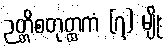
ဉတ္တိစတုတ္ထကံ (၇) မျိုး